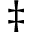
\ddagger